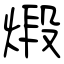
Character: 煅